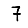
Digit: 7